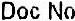
DOC NO